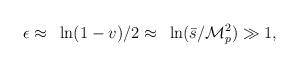
LaTeX: \begin{align*}\epsilon\approx~\ln(1-v)/2\approx~\ln(\bar{s}/{\cal M}_p^2)\gg 1,\end{align*}